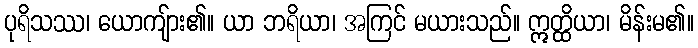
ပုရိသဿ၊ ယောကျ်ား၏။ ယာ ဘရိယာ၊ အကြင် မယားသည်။ ဣတ္ထိယာ၊ မိန်းမ၏။